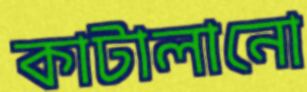
কাটালানো